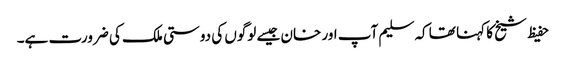
حفیظ شیخ کا کہنا تھا کہ سلیم آپ اور خان جیسے لوگوں کی دوستی ملک کی ضرورت ہے۔